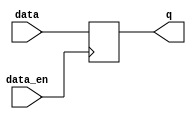
module data_enable_latch(
    input wire data,
    input wire data_en,
    output reg q
);

always @(posedge data_en) begin
    if(data_en == 1'b1) begin
        q <= data;
    end
end

endmodule